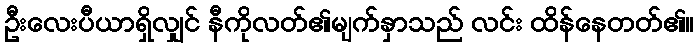
ဦးလေးပီယာရှိလျှင် နီကိုလတ်၏မျက်နှာသည် လင်း ထိန်နေတတ်၏။